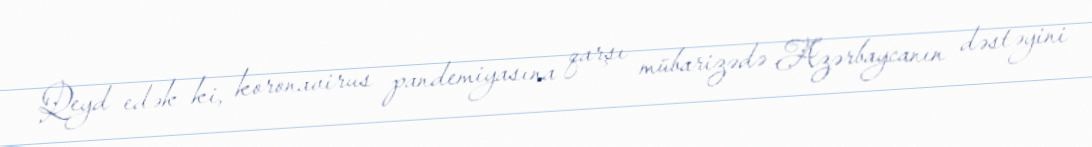
Qeyd edək ki, koronavirus pandemiyasına qarşı mübarizədə Azərbaycanın dəstəyini